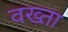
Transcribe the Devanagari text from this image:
वख्‍ता